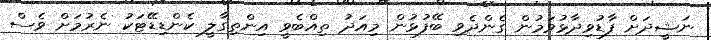
ނަޝީދަށް ފާޑުވިދާޅުވަމުން ގެންދެވި ބޭފުޅުން މިއަދު ތިއްބެވީ އިންތިގާލީ ކެންޑިޑޭޓަކު ނެރުމަށް ވެސް